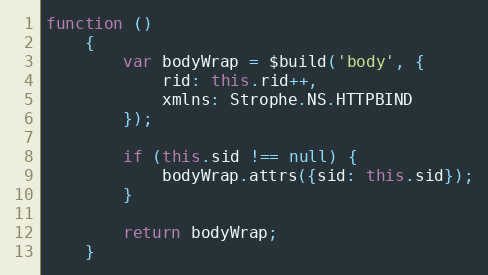
Language: JavaScript
function ()
    {
        var bodyWrap = $build('body', {
            rid: this.rid++,
            xmlns: Strophe.NS.HTTPBIND
        });

        if (this.sid !== null) {
            bodyWrap.attrs({sid: this.sid});
        }

        return bodyWrap;
    }